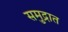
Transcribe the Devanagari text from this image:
समु्द्रात